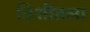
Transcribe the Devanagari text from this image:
तिशीतला